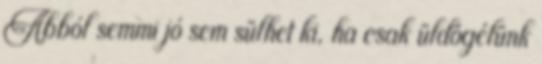
Abból semmi jó sem sülhet ki, ha csak üldögélünk